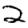
Digit: 2